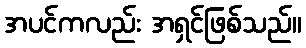
အပင်ကလည်း အရှင်ဖြစ်သည်။